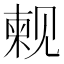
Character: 𫌫